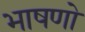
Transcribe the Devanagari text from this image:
भाषणो